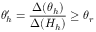
\theta _ { h } ^ { \prime } = \frac { \Delta ( \theta _ { h } ) } { \Delta ( H _ { h } ) } \geq \theta _ { r }